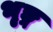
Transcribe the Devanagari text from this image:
भृङ्ग